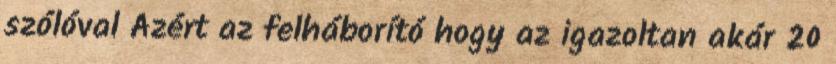
szólóval Azért az felháborító hogy az igazoltan akár 20